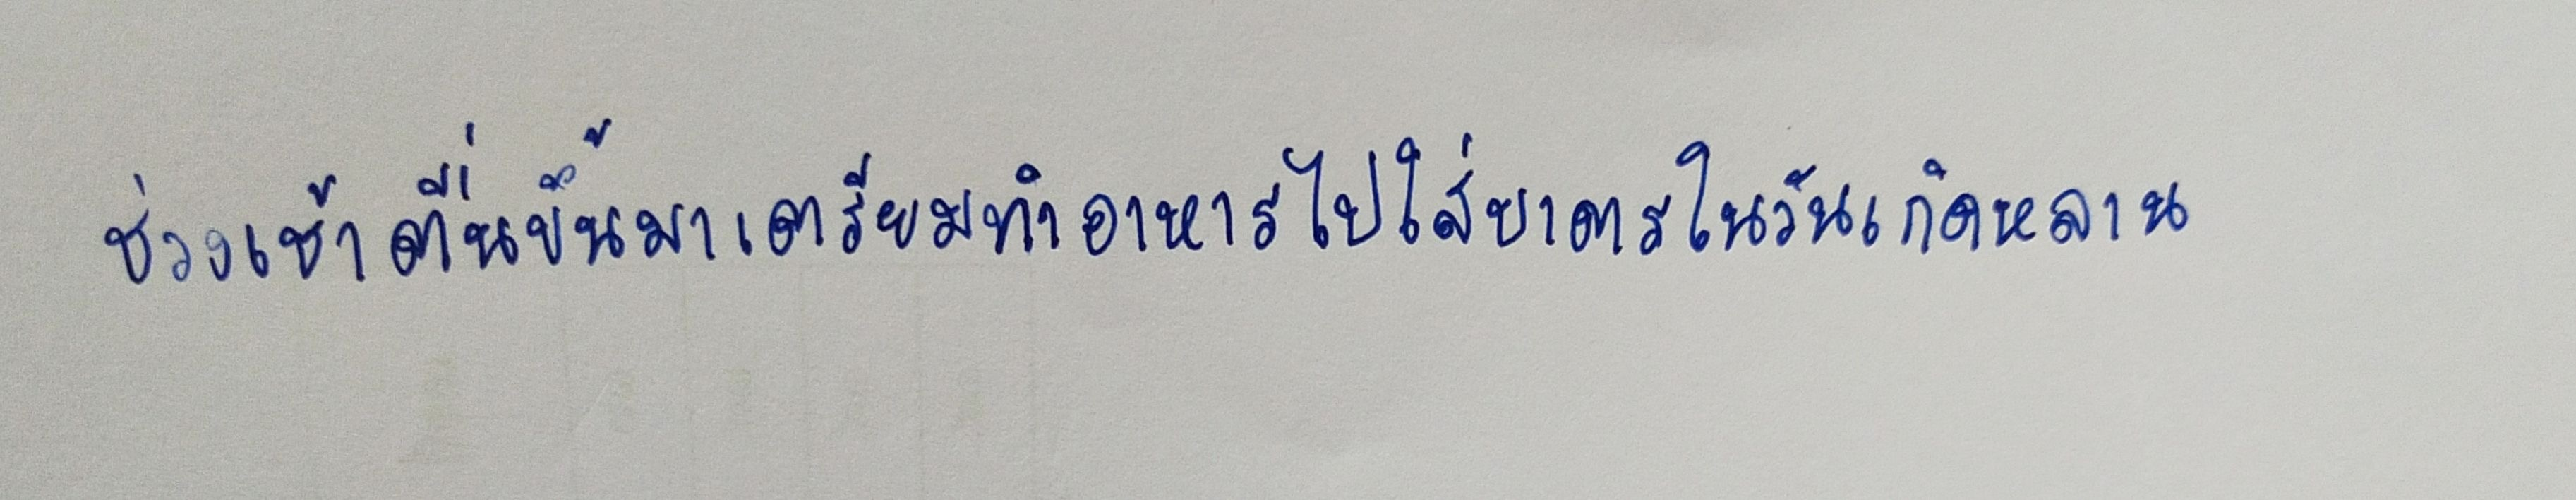
ช่วงเช้าตื่นขึ้นมาเตรียมทำอาหารไปใส่บาตรในวันเกิดหลาน